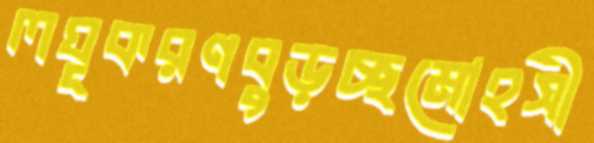
লঘূকরণবুড়চ্ছমোহসী